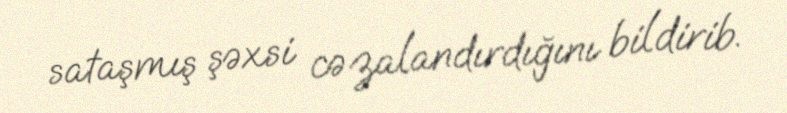
sataşmış şəxsi cəzalandırdığını bildirib.